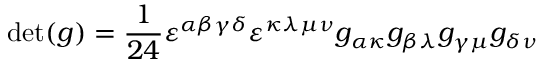
\operatorname* { d e t } ( g ) = { \frac { 1 } { 2 4 } } \varepsilon ^ { \alpha \beta \gamma \delta } \varepsilon ^ { \kappa \lambda \mu \nu } g _ { \alpha \kappa } g _ { \beta \lambda } g _ { \gamma \mu } g _ { \delta \nu }